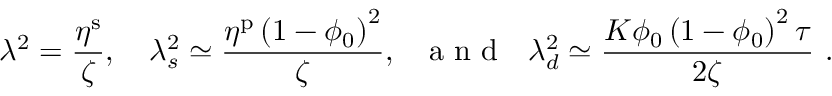
\lambda ^ { 2 } = \frac { \eta ^ { \mathrm { s } } } { \zeta } , \quad \lambda _ { s } ^ { 2 } \simeq \frac { \eta ^ { \mathrm { p } } \left( 1 - \phi _ { 0 } \right) ^ { 2 } } { \zeta } , \ \ \mathrm { ~ a ~ n ~ d ~ } \ \ \lambda _ { d } ^ { 2 } \simeq \frac { K \phi _ { 0 } \left( 1 - \phi _ { 0 } \right) ^ { 2 } \tau } { 2 \zeta } \ .